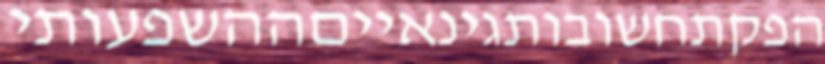
הפקתחשובותגינאייםההשפעותי